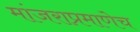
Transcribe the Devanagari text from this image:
मांजराप्रमाणेच